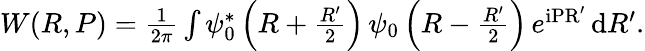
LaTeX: \begin{array}{r}{W(R,P)=\frac{1}{2\pi}\int\psi_{0}^{*}\left(R+\frac{R^{\prime}}{2}\right)\, \psi_{0}\left(R-\frac{R^{\prime}}{2}\right)\, e^{\mathrm{iPR^{\prime}}}\, \mathrm{d}R^{\prime}.}\end{array}